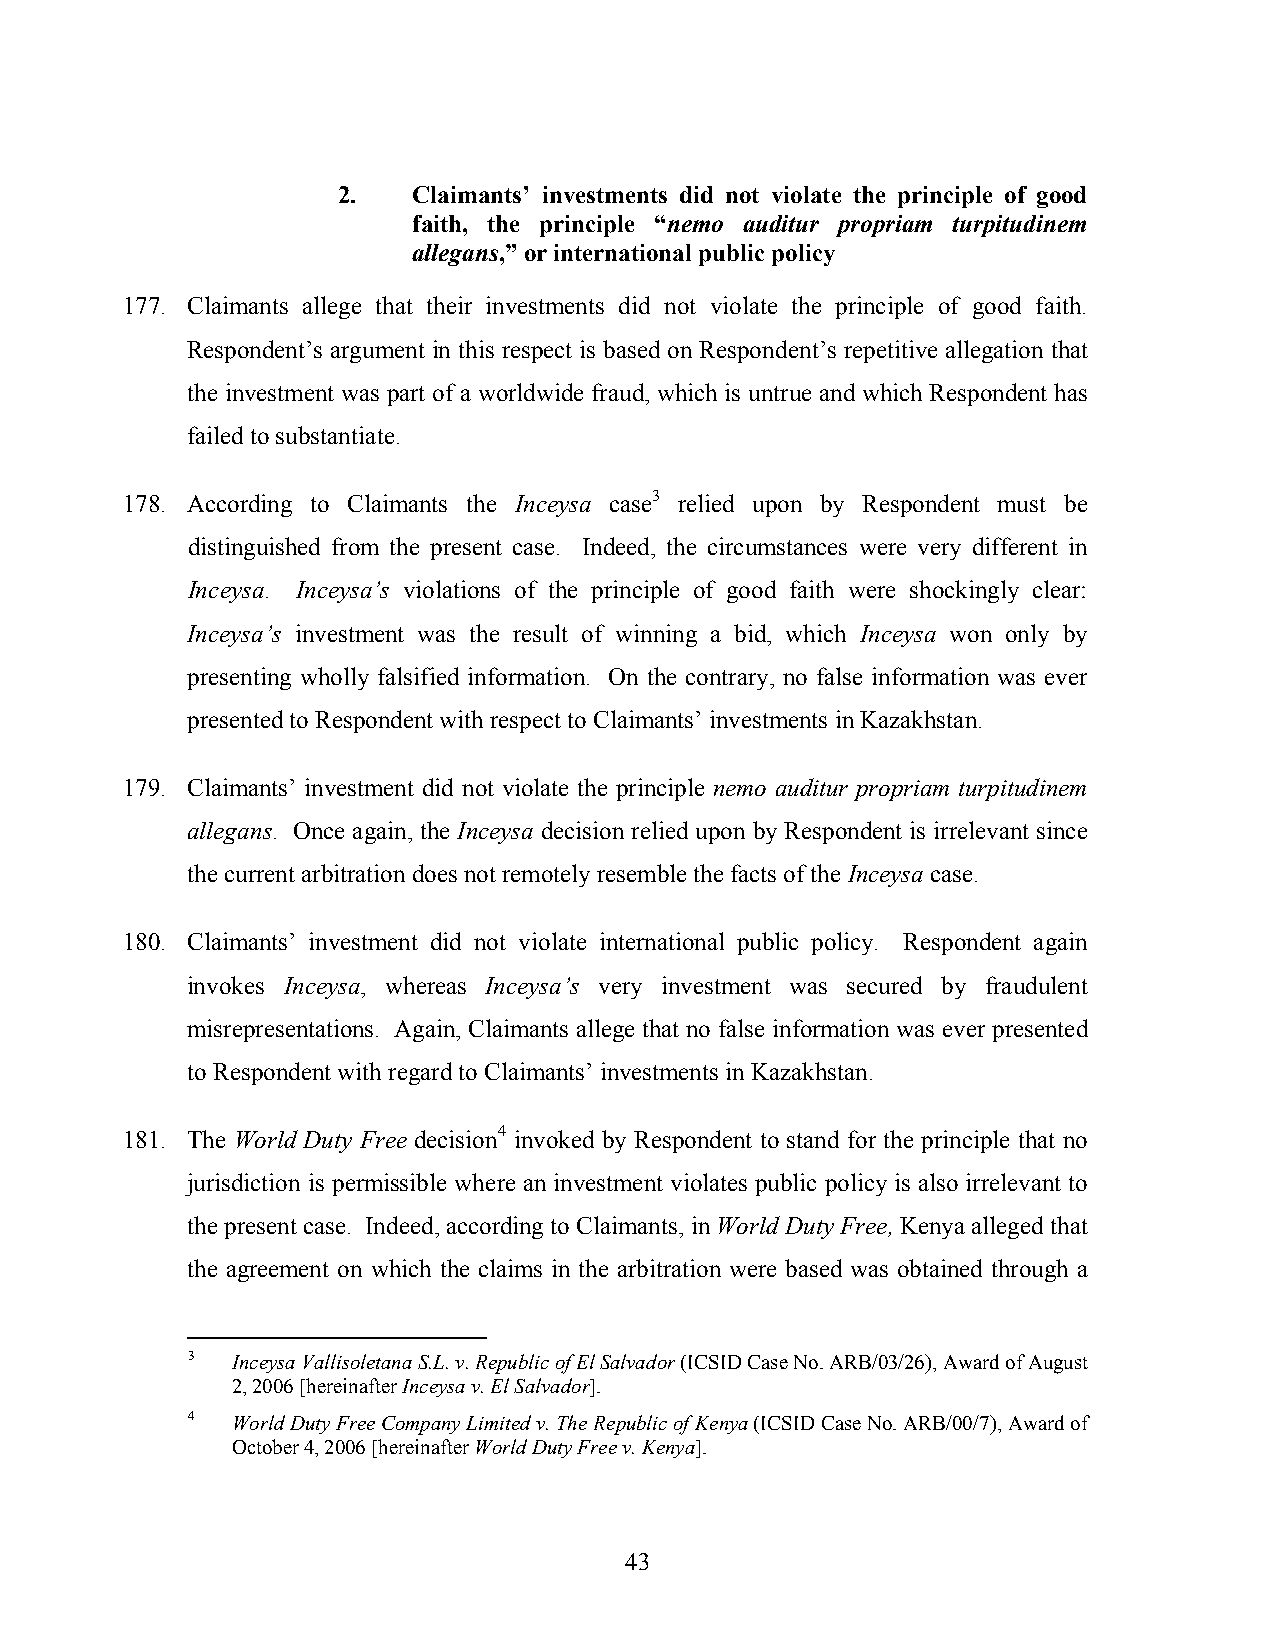
2.   Claimants’ investments did not violate the principle of good
 faith, the principle “nemo auditur propriam turpitudinem
 allegans,” or international public policy
 177. Claimants allege that their investments did not violate the principle of good faith.
 Respondent’s argument in this respect is based on Respondent’s repetitive allegation that
 the investment was part of a worldwide fraud, which is untrue and which Respondent has
 failed to substantiate.
 178. According to Claimants the Inceysa case3 relied upon by Respondent must be
 distinguished from the present case. Indeed, the circumstances were very different in
 Inceysa. Inceysa’s violations of the principle of good faith were shockingly clear:
 Inceysa’s investment was the result of winning a bid, which Inceysa won only by
 presenting wholly falsified information. On the contrary, no false information was ever
 presented to Respondent with respect to Claimants’ investments in Kazakhstan.
 179. Claimants’ investment did not violate the principle nemo auditur propriam turpitudinem
 allegans. Once again, the Inceysa decision relied upon by Respondent is irrelevant since
 the current arbitration does not remotely resemble the facts of the Inceysa case.
 180. Claimants’ investment did not violate international public policy. Respondent again
 invokes Inceysa, whereas Inceysa’s very investment was secured by fraudulent
 misrepresentations. Again, Claimants allege that no false information was ever presented
 to Respondent with regard to Claimants’ investments in Kazakhstan.
 181. The World Duty Free decision4 invoked by Respondent to stand for the principle that no
 jurisdiction is permissible where an investment violates public policy is also irrelevant to
 the present case. Indeed, according to Claimants, in World Duty Free, Kenya alleged that
 the agreement on which the claims in the arbitration were based was obtained through a
 3  Inceysa Vallisoletana S.L. v. Republic of El Salvador (ICSID Case No. ARB/03/26), Award of August
 2, 2006 [hereinafter Inceysa v. El Salvador].
 4  World Duty Free Company Limited v. The Republic of Kenya (ICSID Case No. ARB/00/7), Award of
 October 4, 2006 [hereinafter World Duty Free v. Kenya].
 43